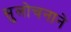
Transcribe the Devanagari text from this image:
सुलोचनाने